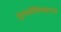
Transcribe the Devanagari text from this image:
तुलसीविवाहाच्या